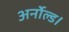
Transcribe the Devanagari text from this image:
अर्नोल्ड।